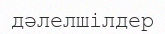
дәлелшілдер